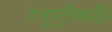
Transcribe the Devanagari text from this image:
हेतुपूर्तीसाठी